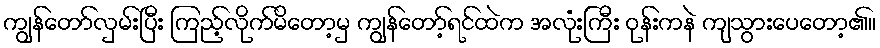
ကျွန်တော်လှမ်းပြီး ကြည့်လိုက်မိတော့မှ ကျွန်တော့်ရင်ထဲက အလုံးကြီး ဝုန်းကနဲ ကျသွားပေတော့၏။